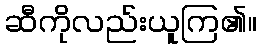
ဆီကိုလည်းယူကြ၏။